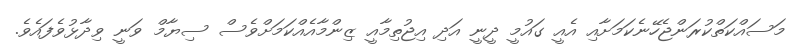
މަސައްކަތްކުރަންޖެހޭނެކަމަށާއި އެއީ ގައުމީ ދީނީ އަދި އިޖުތިމާއީ ޒިންމާއެއްކަމަށްވެސް ސިޔާމް ވަނީ ވިދާޅުވެފައެވެ.